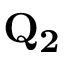
\mathbf { Q _ { 2 } }